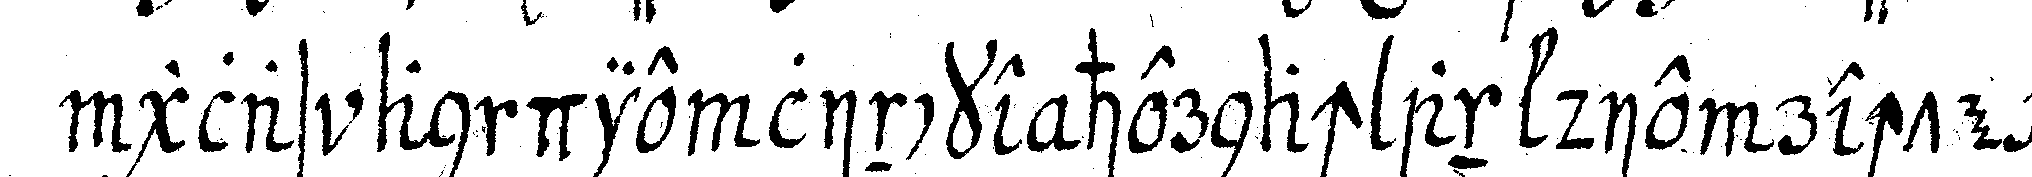
glas an die lincke hernach an die rechte